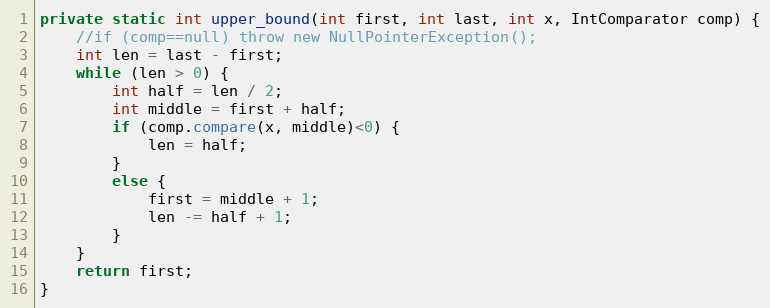
Language: Java
private static int upper_bound(int first, int last, int x, IntComparator comp) {
	//if (comp==null) throw new NullPointerException();
	int len = last - first;
	while (len > 0) {
		int half = len / 2;
		int middle = first + half;
		if (comp.compare(x, middle)<0) {
			len = half;
		}
		else {
			first = middle + 1;
			len -= half + 1;
		}
	}
	return first;
}